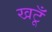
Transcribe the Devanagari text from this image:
खटूँ